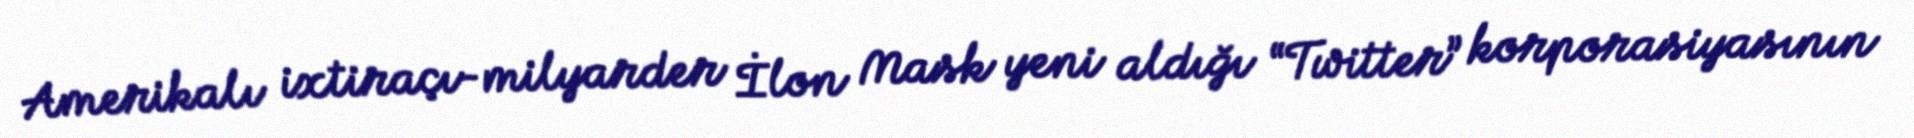
Amerikalı ixtiraçı-milyarder İlon Mask yeni aldığı “Twitter” korporasiyasının